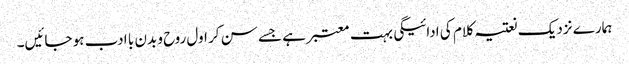
ہمارے نزدیک نعتیہ کلام کی ادائیگی بہت معتبر ہے جسے سن کر اول روح و بدن با ادب ہو جائیں۔